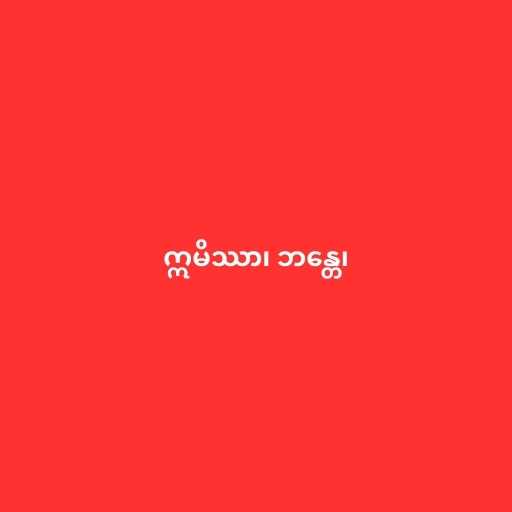
ဣမိဿာ၊ ဘန္တေ၊